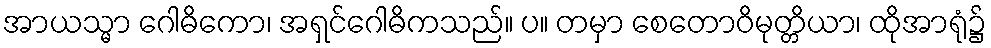
အာယသ္မာ ဂေါဓိကော၊ အရှင်ဂေါဓိကသည်။ ပ။ တမှာ စေတောဝိမုတ္တိယာ၊ ထိုအာရုံ၌